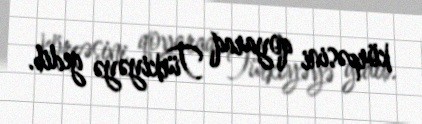
körpəsini qoyaraq Türkiyəyə gedib.